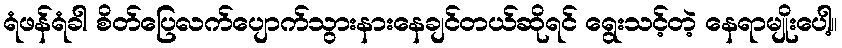
ရံဖန်ရံခါ စိတ်ပြေလက်ပျောက်သွားနားနေချင်တယ်ဆိုရင် ရွေးသင့်တဲ့ နေရာမျိုးပေါ့။